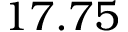
1 7 . 7 5